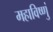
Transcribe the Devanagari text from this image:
महाविष्णुं